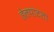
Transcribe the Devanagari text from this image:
हेलपाटला